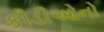
કીડીઓનો